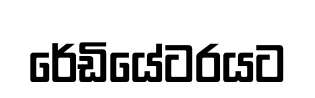
රේඩියේටරයට